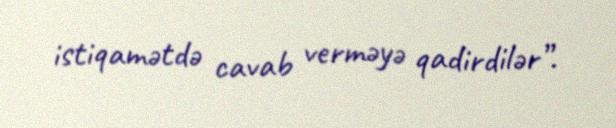
istiqamətdə cavab verməyə qadirdilər”.